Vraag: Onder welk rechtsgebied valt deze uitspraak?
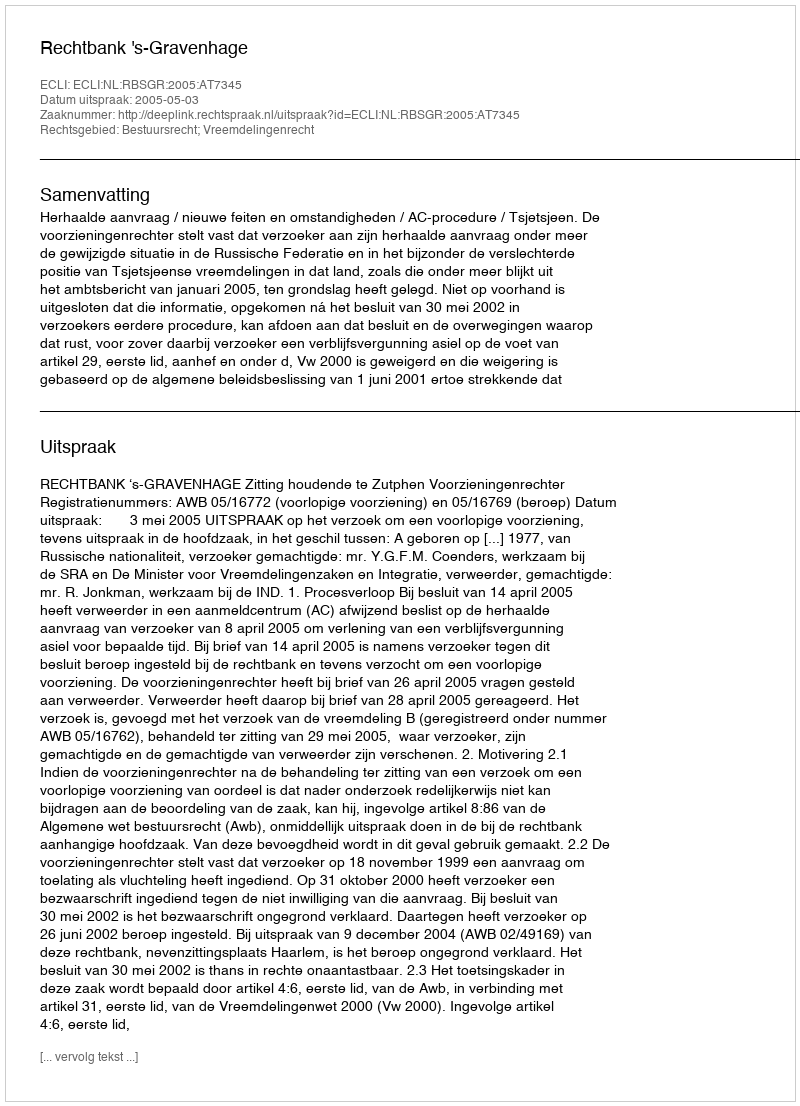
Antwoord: Bestuursrecht; Vreemdelingenrecht